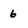
Character: 6